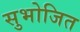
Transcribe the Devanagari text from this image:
सुभोजित